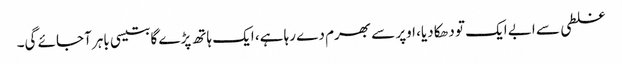
غلطی سے ابے ایک تو دھکا دیا، اوپر سے بھرم دے رہا ہے، ایک ہاتھ پڑے گا بتیسی باہر آجائے گی۔